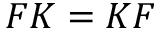
F K = K F